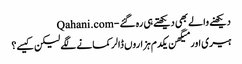
دیکھنے والے بھی دیکھتے ہی رہ گئے - Qahani.com
ہیری اور میگھن یکدم ہزاروں ڈالر کمانے لگے لیکن کیسے؟